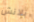
بلانش